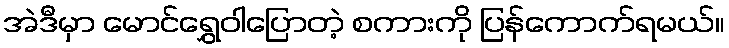
အဲဒီမှာ မောင်ရွှေဝါပြောတဲ့ စကားကို ပြန်ကောက်ရမယ်။